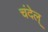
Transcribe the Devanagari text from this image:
चंदेल्